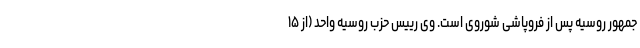
‌جمهور روسیه پس از فروپاشی شوروی است. وی رییس حزب روسیه واحد (از ۱۵